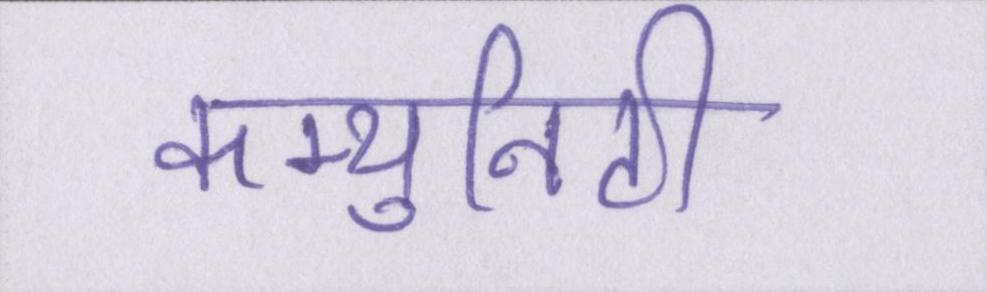
कम्युनिटी